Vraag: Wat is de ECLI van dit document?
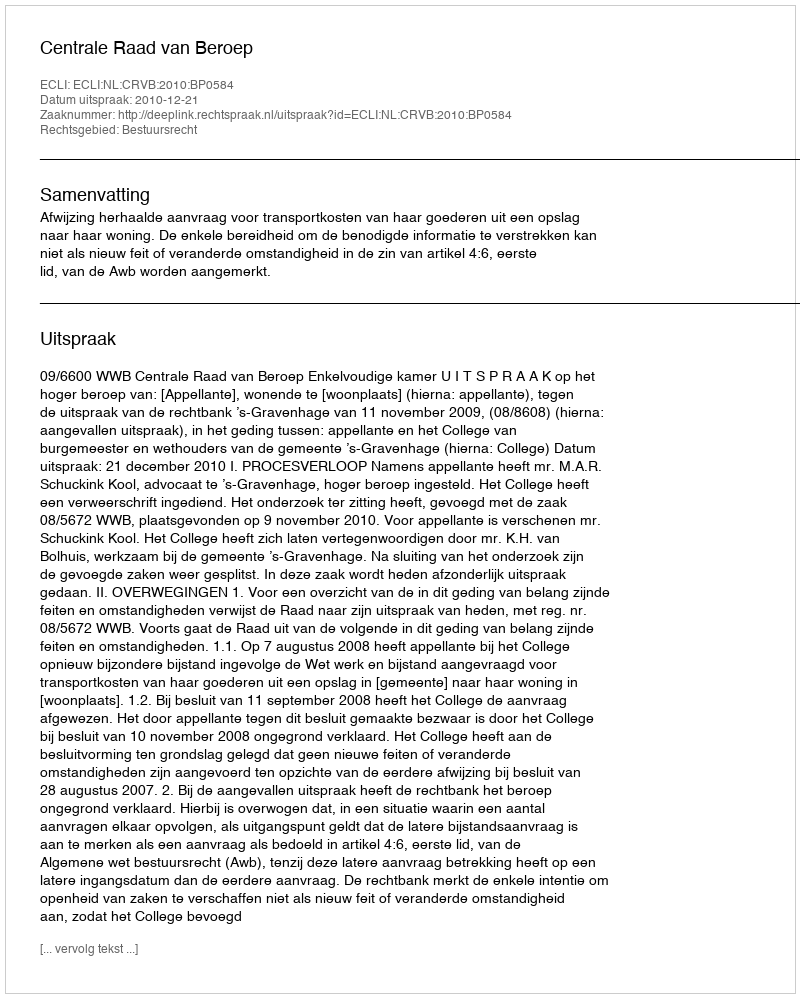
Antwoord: ECLI:NL:CRVB:2010:BP0584